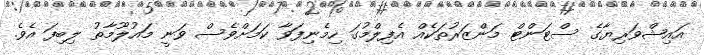
އައިޝްވަރިޔާގެ ސްޓަންޓް މަންޒަރުތަކެއް އެފިލްމުގަ ހިމެނިފަވާ ކަމަށްވެސް ވަނީ މައުލޫމާތު ލިބިފަ އެވެ.